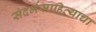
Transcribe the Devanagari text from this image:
संदर्भसाहित्याचा